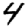
Digit: 4